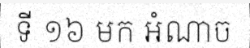
ទី ១៦ មក អំណាច